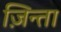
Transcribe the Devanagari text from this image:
ज़िन्ता